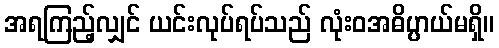
အရကြည့်လျှင် ယင်းလုပ်ရပ်သည် လုံးဝအဓိပ္ပာယ်မရှိ။